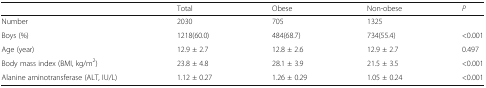
<table><thead><tr><td></td><td><b>Total</b></td><td><b>Obese</b></td><td><b>Non-obese</b></td><td><b><i>P</i></b></td></tr></thead><tbody><tr><td>Number</td><td>2030</td><td>705</td><td>1325</td><td></td></tr><tr><td>Boys (%)</td><td>1218(60.0)</td><td>484(68.7)</td><td>734(55.4)</td><td>&lt;0.001</td></tr><tr><td>Age (year)</td><td>12.9 ± 2.7</td><td>12.8 ± 2.6</td><td>12.9 ± 2.7</td><td>0.497</td></tr><tr><td>Body mass index (BMI, kg/m<sup>2</sup>)</td><td>23.8 ± 4.8</td><td>28.1 ± 3.9</td><td>21.5 ± 3.5</td><td>&lt;0.001</td></tr><tr><td>Alanine aminotransferase (ALT, IU/L)</td><td>1.12 ± 0.27</td><td>1.26 ± 0.29</td><td>1.05 ± 0.24</td><td>&lt;0.001</td></tr></tbody></table>